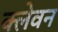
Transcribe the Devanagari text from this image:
क्लेवन